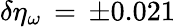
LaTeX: \delta\eta_{\omega}\, =\, \pm 0.021